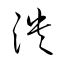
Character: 潰